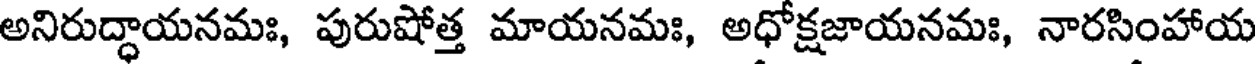
అనిరుద్ధాయనమః, పురుషోత్త మాయనమః, అధోక్షజాయనమః, నారసింహాయ